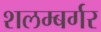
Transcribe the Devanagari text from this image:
शलम्बर्गर